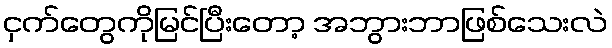
ငှက်တွေကိုမြင်ပြီးတော့ အဘွားဘာဖြစ်သေးလဲ